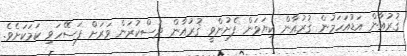
ޤުރުއާން އަޑުއަހަމުން ޤުރުއާން ކިޔަވަން ފެށުންވީ ޤުރުއާން ދަސްކުރަން ވަރަށް ފަސޭހަވި ކަމަކަށެވެ.